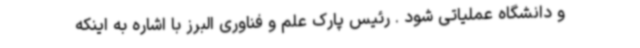
و دانشگاه عملیاتی شود . رئیس پارک علم و فناوری البرز با اشاره به اینکه